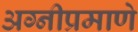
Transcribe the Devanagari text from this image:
अग्नीप्रमाणे